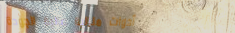
أدوات منزلية عالية الجودة